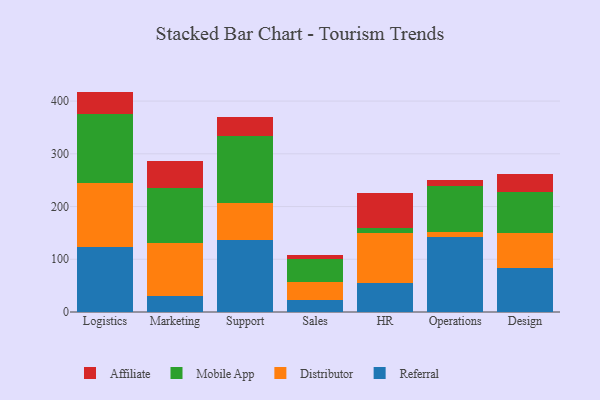
{"axis": {"x": "Department", "y": "Churn Rate (%)"}, "legend": ["Affiliate", "Distributor", "Mobile App", "Referral"], "data": [{"x": "Logistics", "y": 122.9, "type": "Referral"}, {"x": "Logistics", "y": 121.8, "type": "Distributor"}, {"x": "Logistics", "y": 130.4, "type": "Mobile App"}, {"x": "Logistics", "y": 42.9, "type": "Affiliate"}, {"x": "Marketing", "y": 30.1, "type": "Referral"}, {"x": "Marketing", "y": 101.3, "type": "Distributor"}, {"x": "Marketing", "y": 103.5, "type": "Mobile App"}, {"x": "Marketing", "y": 51.5, "type": "Affiliate"}, {"x": "Support", "y": 137.0, "type": "Referral"}, {"x": "Support", "y": 69.2, "type": "Distributor"}, {"x": "Support", "y": 127.9, "type": "Mobile App"}, {"x": "Support", "y": 36.3, "type": "Affiliate"}, {"x": "Sales", "y": 22.7, "type": "Referral"}, {"x": "Sales", "y": 33.7, "type": "Distributor"}, {"x": "Sales", "y": 43.3, "type": "Mobile App"}, {"x": "Sales", "y": 9.2, "type": "Affiliate"}, {"x": "HR", "y": 55.3, "type": "Referral"}, {"x": "HR", "y": 94.0, "type": "Distributor"}, {"x": "HR", "y": 10.1, "type": "Mobile App"}, {"x": "HR", "y": 65.5, "type": "Affiliate"}, {"x": "Operations", "y": 142.9, "type": "Referral"}, {"x": "Operations", "y": 9.0, "type": "Distributor"}, {"x": "Operations", "y": 86.5, "type": "Mobile App"}, {"x": "Operations", "y": 11.3, "type": "Affiliate"}, {"x": "Design", "y": 82.7, "type": "Referral"}, {"x": "Design", "y": 66.5, "type": "Distributor"}, {"x": "Design", "y": 79.2, "type": "Mobile App"}, {"x": "Design", "y": 32.5, "type": "Affiliate"}]}